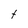
Character: t